Quinine and its salts - Number 41
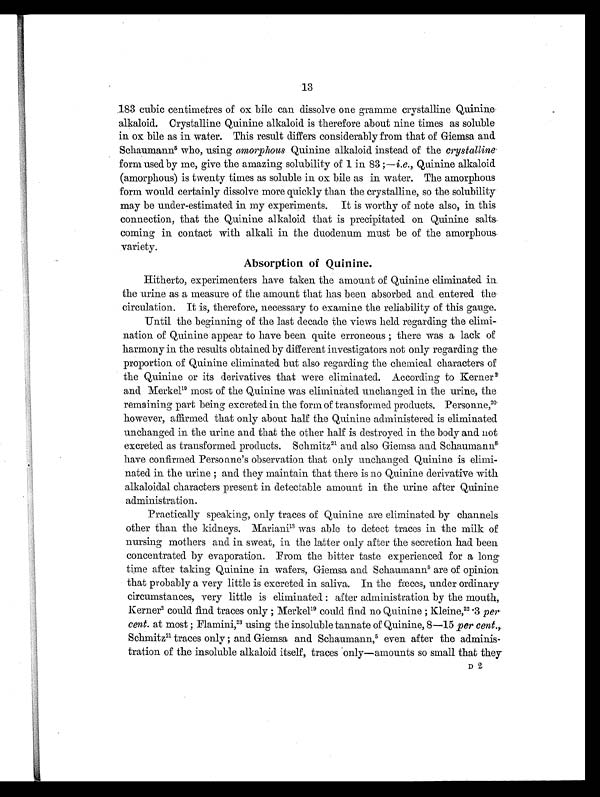
13
183 cubic centimetres of ox bile can dissolve one gramme crystalline Quinine
alkaloid. Crystalline Quinine alkaloid is therefore about nine times as soluble
in ox bile as in water. This result differs considerably from that of Giemsa and
Schaumann5 who, using amorphous Quinine alkaloid instead of the crystalline
form used by me, give the amazing solubility of 1 in 83;—i . e
. , Q u i n i n e a l k a l o i d
(amorphous) is twenty times as soluble in ox bile as in water. The amorphous
form would certainly dissolve more quickly than the crystalline, so the solubility
may be under-estimated in my experiments. It is worthy of note also, in this
connection, that the Quinine alkaloid that is precipitated on Quinine salts
coming in contact with alkali in the duodenum must be of the amorphous
variety.
Absorption of Quinine.
Hitherto, experimenters have taken the amount of Quinine eliminated in
the urine as a measure of the amount that has been absorbed and entered the-
circulation. It is, therefore, necessary to examine the reliability of this gauge.
Until the beginning of the last decade the views held regarding the elimi-
nation of Quinine appear to have been quite erroneous; there was a lack of
harmony in the results obtained by different investigators not only regarding the
proportion of Quinine eliminated but also regarding the chemical characters of
the Quinine or its derivatives that were eliminated. According to Kerner 2
and Merkel1 9
m o s t o f t h e Q u i n i n e w a s e l i m i n a t e d u n c h a n g e d i n t h e u r i n e , t h e
remaining part being excreted in the form of transformed products. Personne,20
however, affirmed that only about half the Quinine administered is eliminated
unchanged in the urine and that the other half is destroyed in the body and not
excreted as transformed products. Schmitz 21 and also Giemsa and Schaumann 5
have confirmed Personne's observation that only unchanged Quinine is elimi-
nated in the urine; and they maintain that there is no Quinine derivative with
alkaloidal characters present in detectable amount in the urine after Quinine
administration.
Practically speaking, only traces of Quinine are eliminated by channels
other than the kidneys. Mariani 1 3
w a s a b l e t o d e t e c t t r a c e s i n t h e m i l k o f
nursing mothers and in sweat, in the latter only after the secretion had been
concentrated by evaporation. From the bitter taste experienced for a long
time after taking Quinine in wafers, Giemsa and Schaumann 5 are of opinion
that probably a very little is excreted in saliva. In the fæces, under ordinary
circumstances, very little is eliminated: after administration by the mouth,
Kerner2 could find traces only; Merkel1 9
c o u l d f i n d n o Q u i n i n e ; K l e i n e ,2
2
. 3
p e r
cent. at most; Flamini,2 3
u s i n g t h e i n s o l u b l e t a n n a t e o f Q u i n i n e , 8 — 1 5p
e r c e n t . ,
Schmitz21 traces only; and Giemsa and Schaumann, 5 even after the adminis-
tration of the insoluble alkaloid itself, traces only—amounts so small that they
D 2